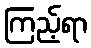
ကြည့်ရာ